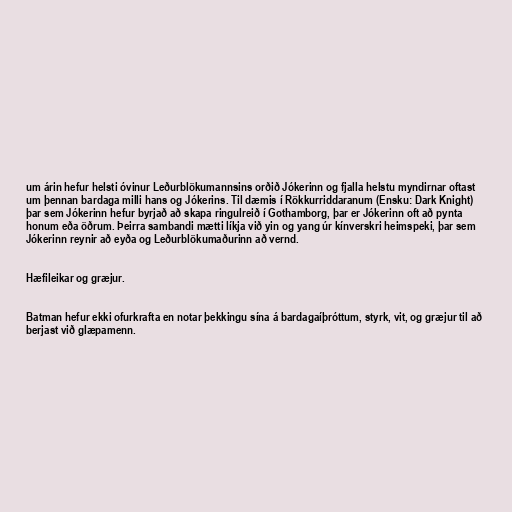
um árin hefur helsti óvinur Leðurblökumannsins orðið Jókerinn og fjalla helstu myndirnar oftast
um þennan bardaga milli hans og Jókerins. Til dæmis í Rökkurriddaranum (Ensku: Dark Knight)
þar sem Jókerinn hefur byrjað að skapa ringulreið í Gothamborg, þar er Jókerinn oft að pynta
honum eða öðrum. Þeirra sambandi mætti líkja við yin og yang úr kínverskri heimspeki, þar sem
Jókerinn reynir að eyða og Leðurblökumaðurinn að vernd.

Hæfileikar og græjur.

Batman hefur ekki ofurkrafta en notar þekkingu sína á bardagaíþróttum, styrk, vit, og græjur til að
berjast við glæpamenn.